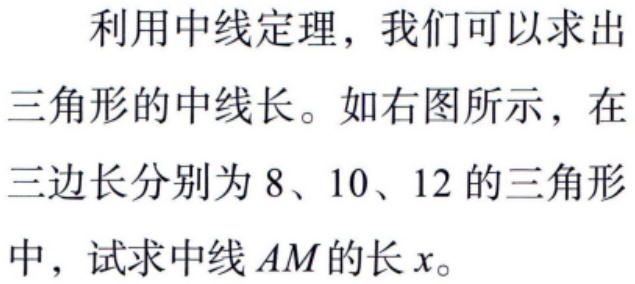
利用中线定理，我们可以求出三角形的中线长。如右图所示，在三边长分别为 8、10、12 的三角形中，试求中线 \(AM\) 的长 \(x\)。